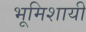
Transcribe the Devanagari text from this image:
भूमिशायी